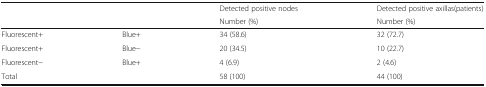
<table><thead><tr><td rowspan="2"></td><td rowspan="2"></td><td><b>Detected positive nodes</b></td><td><b>Detected positive axillas(patients)</b></td></tr><tr><td><b>Number (%)</b></td><td><b>Number (%)</b></td></tr></thead><tbody><tr><td>Fluorescent+</td><td>Blue+</td><td>34 (58.6)</td><td>32 (72.7)</td></tr><tr><td>Fluorescent+</td><td>Blue−</td><td>20 (34.5)</td><td>10 (22.7)</td></tr><tr><td>Fluorescent−</td><td>Blue+</td><td>4 (6.9)</td><td>2 (4.6)</td></tr><tr><td colspan="2">Total</td><td>58 (100)</td><td>44 (100)</td></tr></tbody></table>